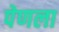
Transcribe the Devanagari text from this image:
पेणला